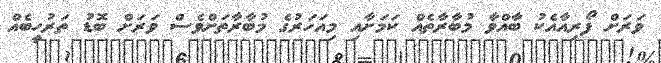
ވަރަށް ފޯރިއާއެކު ބާއްވާ މުބާރާތެއް ކަމަށާއި މިއަހަރުގެ މުބާރާތަށްވެސް ވަރަށް ބޮޑު ތަރުހީބެއް